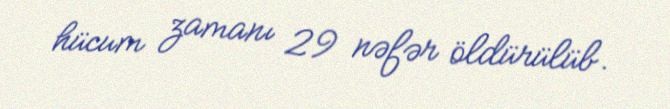
hücum zamanı 29 nəfər öldürülüb.